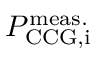
P _ { \mathrm { C C G , i } } ^ { \mathrm { m e a s . } }